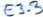
Text: E3.3